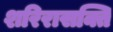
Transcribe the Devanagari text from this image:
शरिरासक्ति